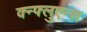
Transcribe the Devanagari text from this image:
क्न्फ्लुएन्स